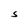
Character: S